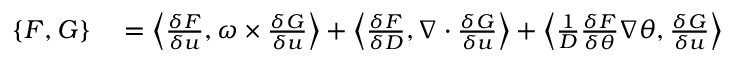
\begin{array} { r l } { \{ F , G \} } & { { } = \left\langle \frac { \delta F } { \delta u } , \omega \times \frac { \delta G } { \delta u } \right\rangle + \left\langle \frac { \delta F } { \delta D } , \nabla \cdot \frac { \delta G } { \delta u } \right\rangle + \left\langle \frac { 1 } { D } \frac { \delta F } { \delta \theta } \nabla \theta , \frac { \delta G } { \delta u } \right\rangle } \end{array}